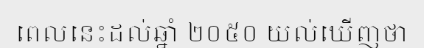
ពេលនេះដល់ឆ្នាំ ២០៥០ យល់ឃើញថា